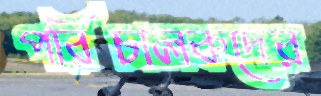
পরিচালকদের